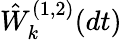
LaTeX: \hat{W}_{k}^{(1,2)}(dt)